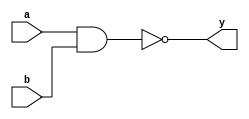
`timescale 1ns / 1ps


module NAND_Gate(input a,b, output y);

assign y= ~(a&b);
endmodule